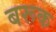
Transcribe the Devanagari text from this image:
बरूक